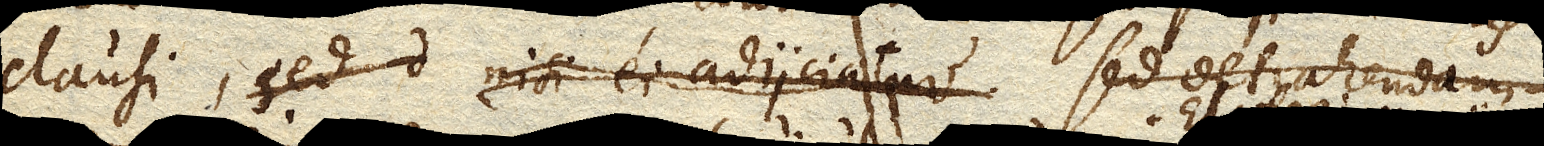
clausi, nisi ei adjiciatur sed detrahendam